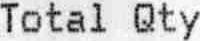
TOTAL QTY